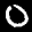
Label: 0